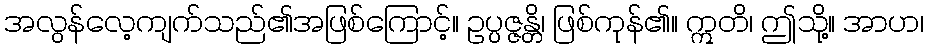
အလွန်လေ့ကျက်သည်၏အဖြစ်ကြောင့်။ ဥပ္ပဇ္ဇန္တိ၊ ဖြစ်ကုန်၏။ ဣတိ၊ ဤသို့။ အာဟ၊